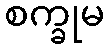
စက္ခုမ